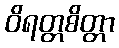
ဝိရတ္တစိတ္တာ